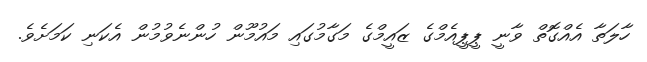
ހާލަތާ އެއްގޮތް ވާނީ ޕީޕީއެމްގެ ޒައީމްގެ މަގާމުގައި މައުމޫން ހުންނެވުމުން އެކަނި ކަމަށެވެ.